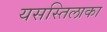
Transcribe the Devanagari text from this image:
यसस्तिलाका